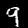
Label: 9